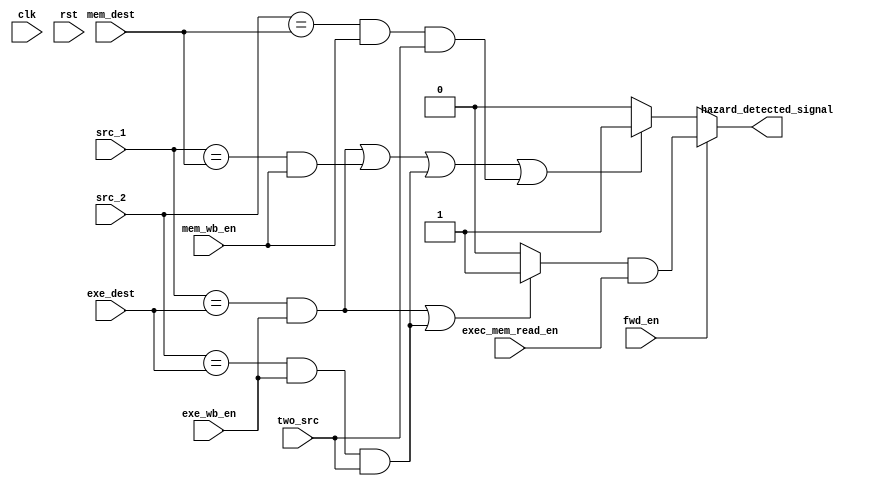
module Hazard_Detection_Unit(
    input clk, rst,
    input mem_wb_en,
    input [3:0] mem_dest,
    input exe_wb_en,
    input [3:0] exe_dest,
    input [3:0] src_1,
    input [3:0] src_2,
    input two_src,
    input fwd_en, 
    input exec_mem_read_en,
    output hazard_detected_signal
);

    wire hazard_with_fwd, hazard_without_fwd;


    assign hazard_without_fwd = (src_1 == exe_dest & exe_wb_en == 1'b1) | 
                                (src_1 == mem_dest & mem_wb_en == 1'b1) | 
                                (src_2 == exe_dest & exe_wb_en == 1'b1 & two_src == 1'b1) | 
                                (src_2 == mem_dest & mem_wb_en == 1'b1 & two_src == 1'b1) ? 1'b1 : 1'b0;

    assign hazard_with_fwd = (src_1 == exe_dest & exe_wb_en == 1'b1) | 
                            (src_2 == exe_dest & exe_wb_en == 1'b1 & two_src == 1'b1) ? 1'b1 : 1'b0; 

    assign hazard_detected_signal = fwd_en ? hazard_with_fwd & exec_mem_read_en :  
                                    hazard_without_fwd;
    

endmodule